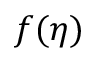
f ( \eta )